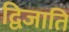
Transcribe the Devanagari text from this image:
द्विजाति